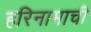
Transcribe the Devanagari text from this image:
हरिनामाची